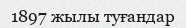
1897 жылы туғандар